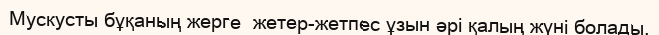
Мускусты бұқаның жерге  жетер-жетпес ұзын әрі қалың жүні болады.